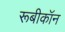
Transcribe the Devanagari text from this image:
रूबीकॉन